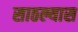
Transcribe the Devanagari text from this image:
साठल्यास